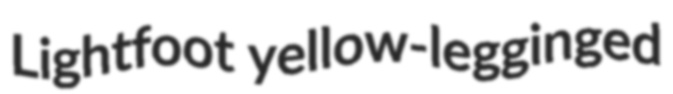
Lightfoot yellow-legginged